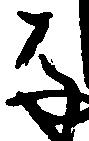
は